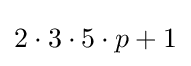
2\cdot 3\cdot 5\cdot p+1